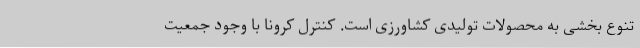
تنوع بخشی به محصولات تولیدی کشاورزی است. کنترل کرونا با وجود جمعیت